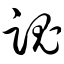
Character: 魂